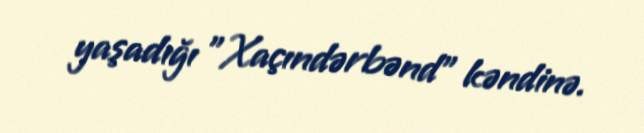
yaşadığı "Xaçındərbənd" kəndinə.